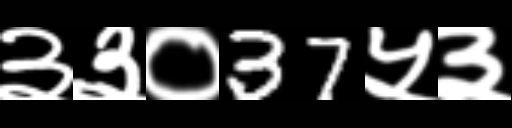
Text: ३३०37५३